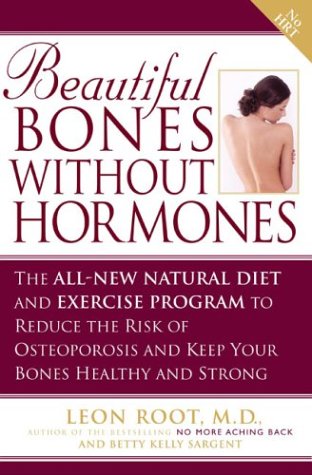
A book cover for Beautiful Bones without Hormones: The All-New Natural Diet and Exercise Program to Reduce theRisk of Osteoporosis; Leon Root; Health, Fitness & Dieting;